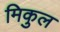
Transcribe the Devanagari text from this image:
मिकुल